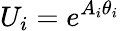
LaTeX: U_{i}=e^{A_{i}\theta_{i}}